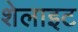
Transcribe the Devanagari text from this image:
शेलाइट